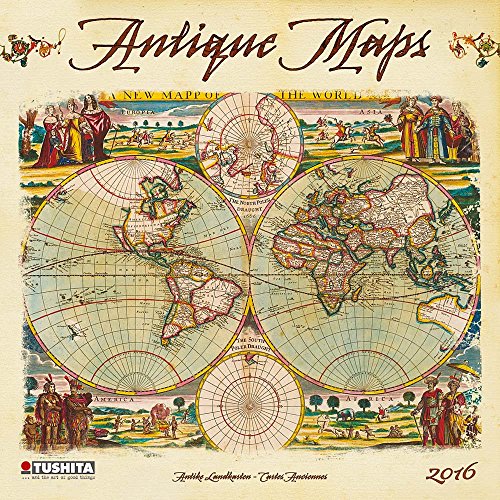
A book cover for Antique Maps (160201) (English, Spanish, French, Italian and German Edition); Tushita; Calendars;